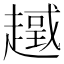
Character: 𧽮